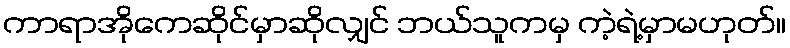
ကာရာအိုကေဆိုင်မှာဆိုလျှင် ဘယ်သူကမှ ကဲ့ရဲ့မှာမဟုတ်။